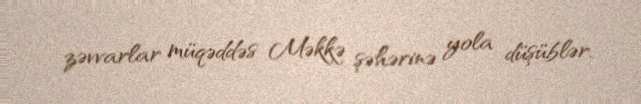
zəvvarlar müqəddəs Məkkə şəhərinə yola düşüblər.